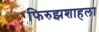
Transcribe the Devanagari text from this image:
फिरुझशाहला